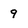
Character: 9